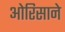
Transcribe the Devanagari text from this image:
ओरिसाने